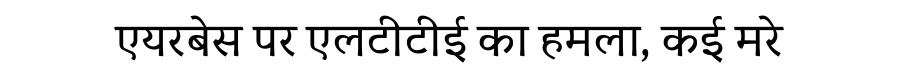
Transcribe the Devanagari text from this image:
एयरबेस पर एलटीटीई का हमला, कई मरे